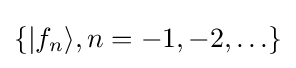
\{|f_{n}\rangle ,n=-1,-2,\ldots \}